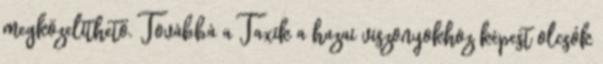
megközelíthető. Továbbá a Taxik a hazai viszonyokhoz képest olcsók